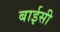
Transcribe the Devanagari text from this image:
बाईसी